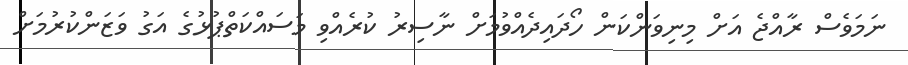
ނަމަވެސް ރާއްޖެ އަށް މިނިވަންކަން ހޯދައިދެއްވުމަށް ނާސިރު ކުރެއްވި މަސައްކަތްޕުޅުގެ އަގު ވަޒަންކުރުމަށް